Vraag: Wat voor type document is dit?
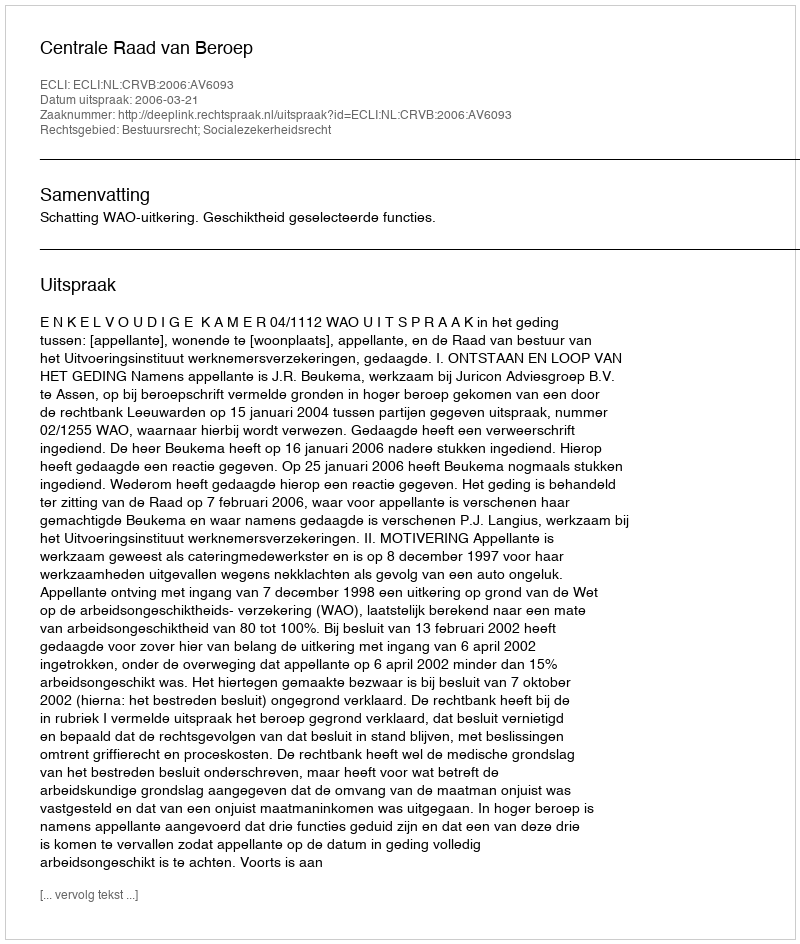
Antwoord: Uitspraak